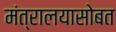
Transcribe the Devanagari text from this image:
मंत्रालयासोबत